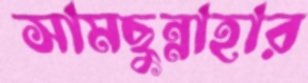
সামছুন্নাহার